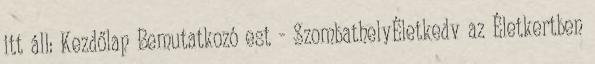
itt áll: Kezdőlap Bemutatkozó est - SzombathelyÉletkedv az Életkertben